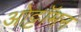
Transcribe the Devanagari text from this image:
ओट्टॉमन